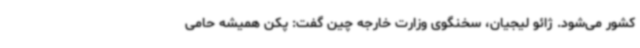
کشور می‌شود. ژائو لیجیان، سخنگوی وزارت خارجه چین گفت: پکن همیشه حامی